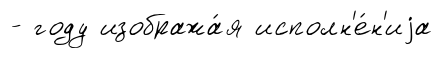
- году изобража́я исполн'е́н'иjа